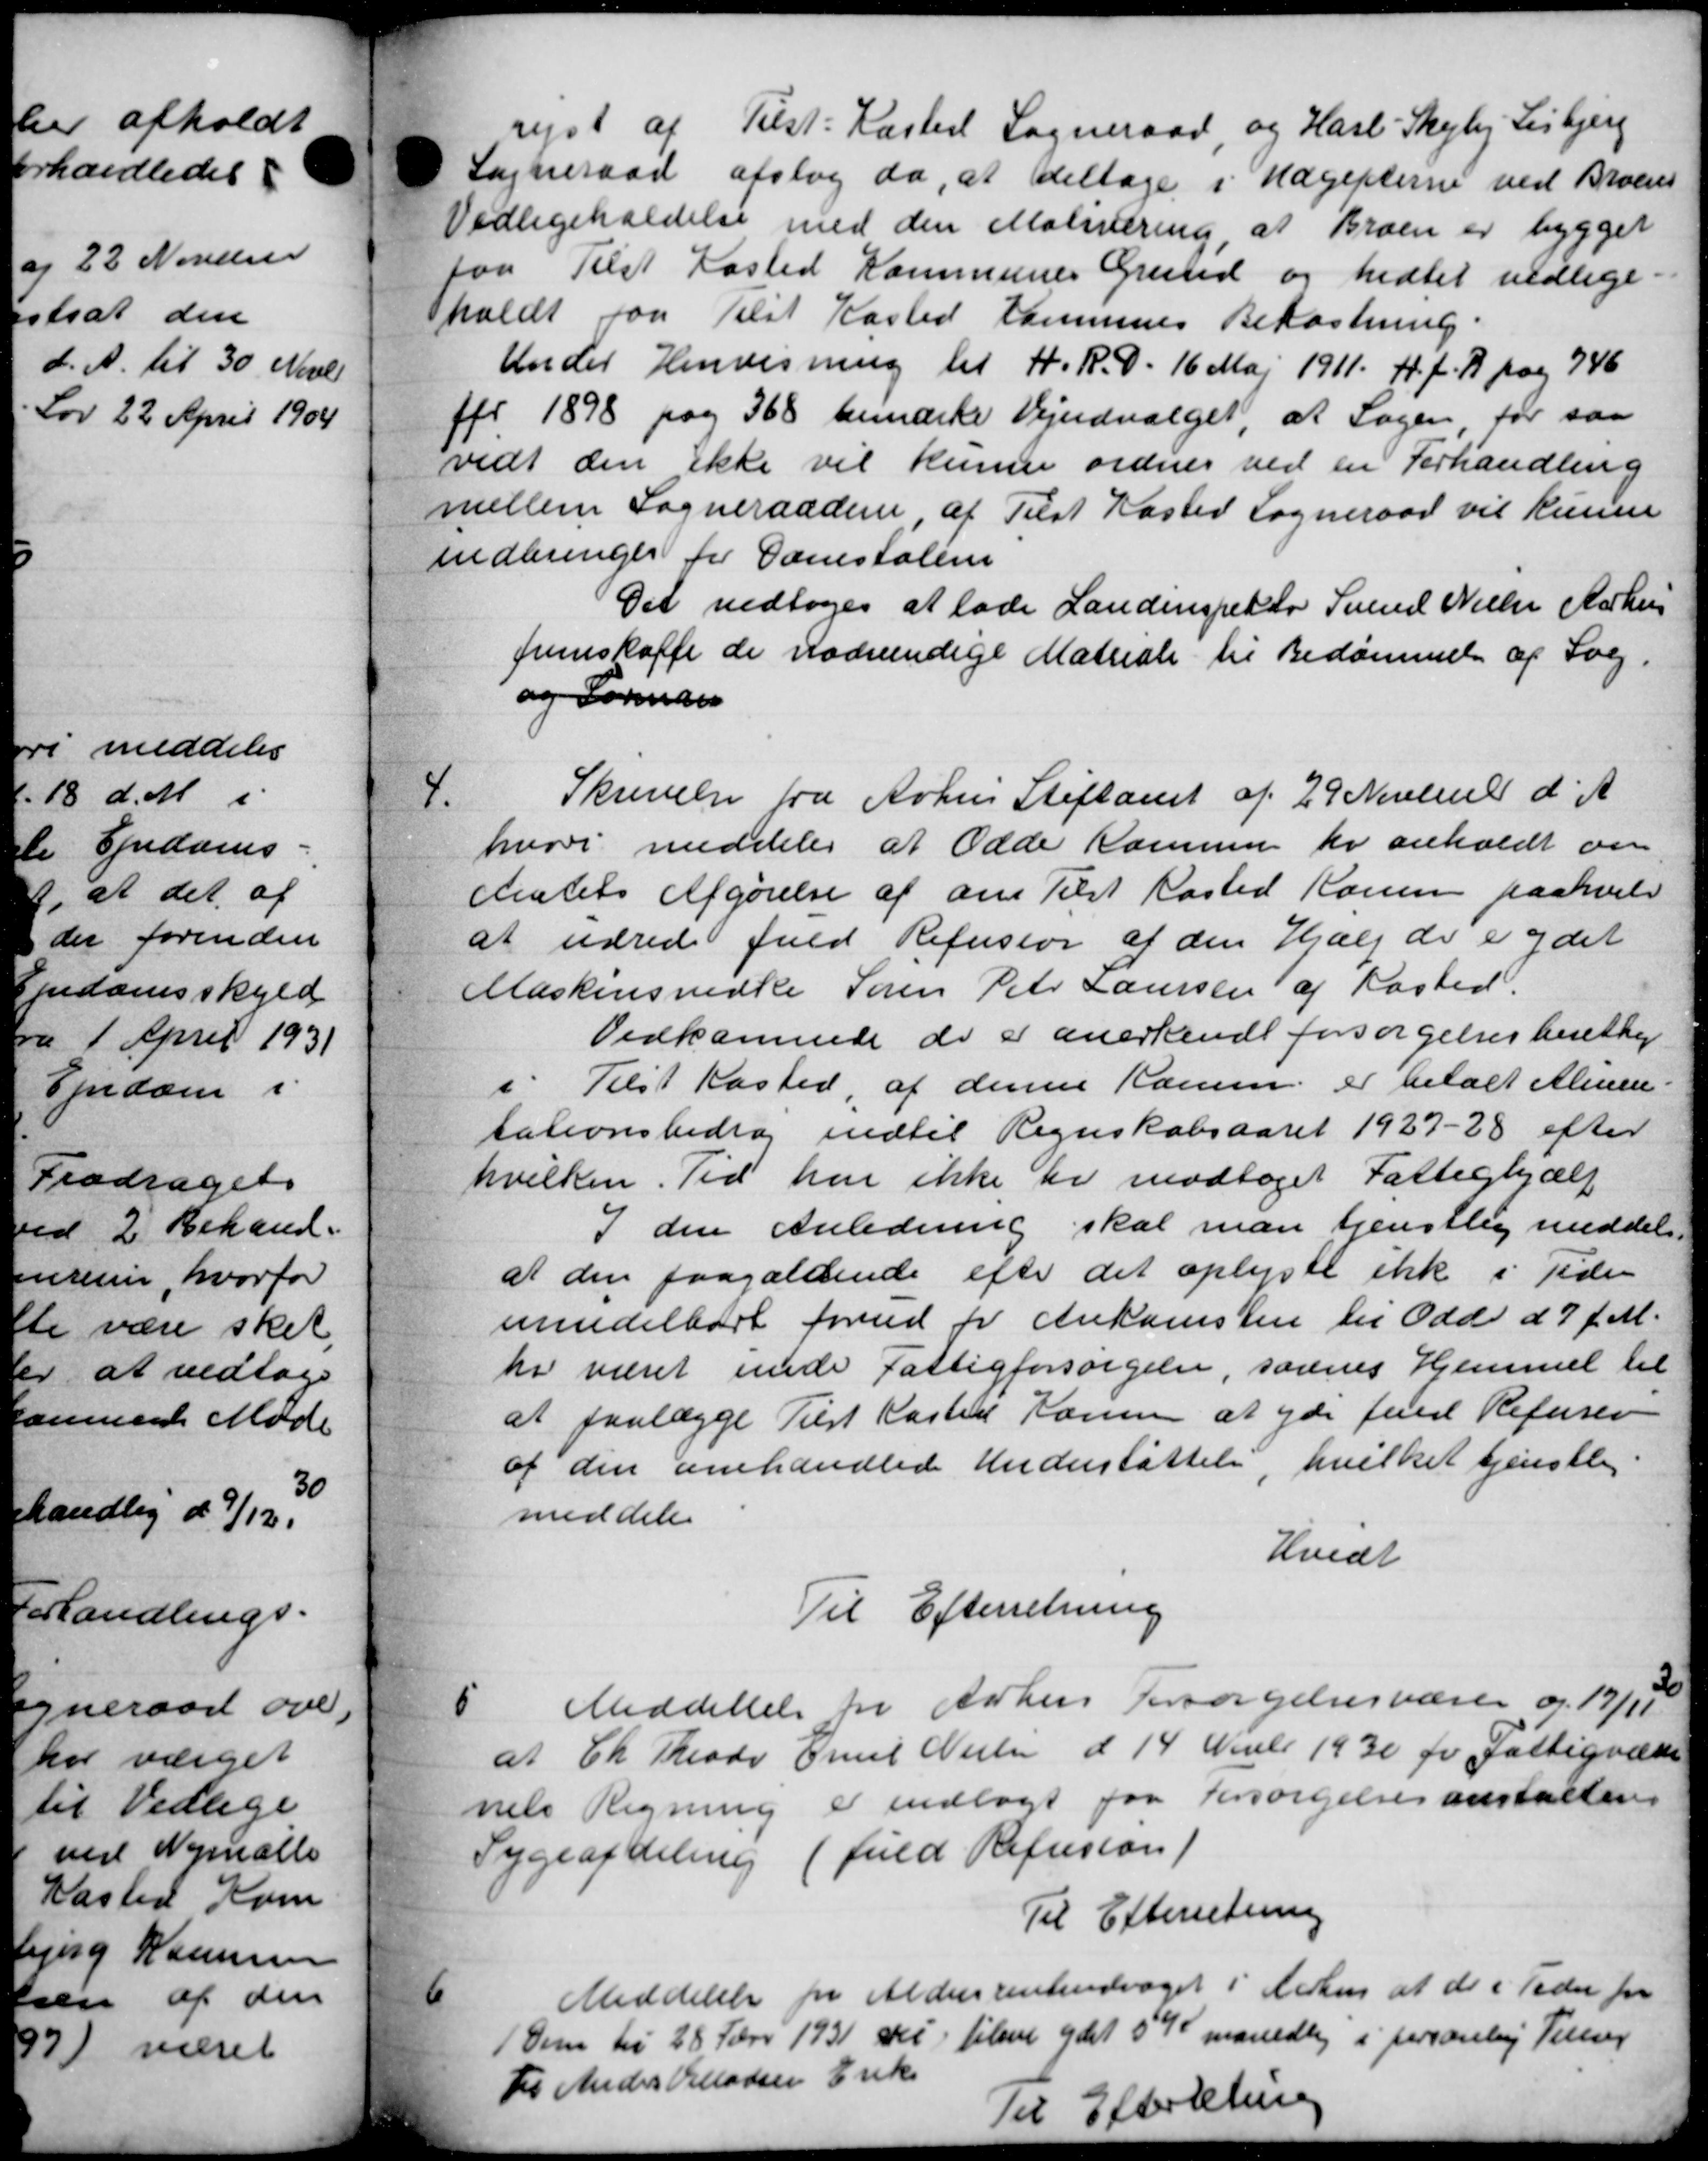
Transskription:
rejst af Tilst: Kasted Sogneraad og Harl Skejby Lisbjerg
Sogneraad afslog da, at deltage i Udgifterne ved Broens
Vedligeholdelse med den Matiiering, at Broen er bygget
paa Tilst Kasted Kommunes Grund og hidtil vedlige
holdt paa Tilst Kasted Kommunes Bekostning.
Under Henvisning til H. R. D. 16 Maj 1911. 4. f. R pag 746
Afr 1898 paa 368 bemærke Vejudvalget, at Sagen for saa
vidt den ikke vil kunne ordnes ved en Forhandling
mellem Sogneraadene af Tilst Kasted Sogneraad vil kunne
indbringer for Danstalin
Det vedtoges at lade Landinspektør Svend Nielsen Aarhus
fremskaffe de nødvendige Matriale til Bedømmelse af Sog
og Forman
4
Skrivelse fra Arhus Stiftamt af 29 November d. A.
hvori meddeler at Odde Kommune for anholdt om
Amtets Afgørelse af om Tilst Kasted Rouen paahvelv
at udrede fuld Refusion af den Hjælp de er ydet
Maskinsnedke Søren Peter Laursen af Kasted.
Vedkommende de er anerkende forsørgelsesberettig
i Tilst Kasted af denne Komm. er betalt Almen
tationsbidrag indtil Regnskabsaaret 1927-28 efter
hvilken. Tid har ikke er modtaget Fattighjælp
7 den Anledning skal man tjenstlig meddele
at den paagældende efter det oplyste ikke i Tiden
mindelbart forud for Ankomsten til Odde d 7 f. M.
hr været unde Fattigforsørgelse, savnes Hjemmet til
at faalægge Tilst Kasted Konen at yde Juul Refusio
af den omhandlede Understøttelse, hvilket tjenstlig.
meddeler
Hvidt
Til Efterretning

Meddelelse for Århus Forsørgelsesvæsen og 19/11
at Chr Theodor Emil Nielsen d 14 Novbr 1930 for Fattigvæsen
nets Regning er indlagt paa Forsørgelsesanstalten
Sygeafdeling (fuld Refusion)
Til Efterretning

Meddelelse for Aldersrentendraget i Aarhus at de i Peder for
Dem til 28 Febr 1931 der tilsen ydet 5 % månedlig i personby Tillæg
Fr Ander Villadsen Enke
Til Efterretning